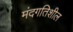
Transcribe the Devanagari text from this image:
मंदगतिशील